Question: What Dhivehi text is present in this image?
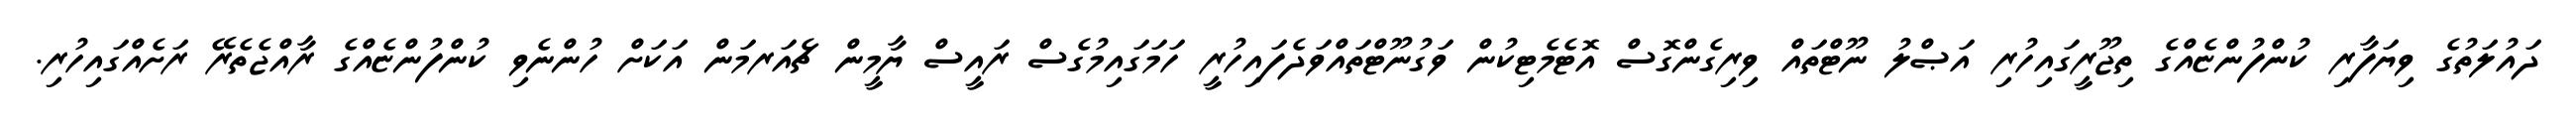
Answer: ދައުލަތުގެ ވިޔަފާރި ކުންފުންޏެއްގެ ތިޖޫރީގައިހުރި އަޞްލު ނޫޓްތައް ވިރިގެންގޮސް އޮޓެމެޓިކުން ވަގުނޫޓްތައްވަދެފައިހުރީ ހަމަގައިމުގެސް ރައީސް ޔާމީން ޗެއަރމަން އަކަށް ހުންނެވި ކުންފުންޏެއްގެ ރާއްޖެތެރޭ ރަށެއްގައިހުރި.